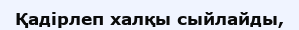
Қадірлеп халқы сыйлайды,